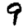
Digit: 9